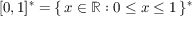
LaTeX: [ 0 , 1 ] ^ { \ast } = \{ \, x \in \mathbb { R } : 0 \leq x \leq 1 \, \} ^ { \ast }